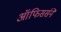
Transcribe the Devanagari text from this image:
ऑफिसर्सने